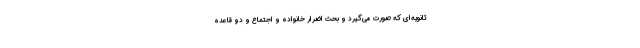
ثانویه‌ای که صورت می‌گیرد و بحث اضرار خانواده و اجتماع و دو قاعده